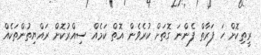
ރީތިކޮށް ހަ ފަރާތް ފެންނަ ގޮތަށް ކުރެވެން އޮތް ކަމެއް ސިއްރުކޮށް ރައްޔިތުންތަކެއް